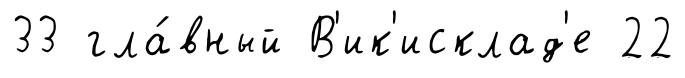
33 гла́вный В'ик'исклад'е 22